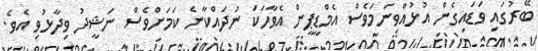
ބޭރުގައި ވަޑައިގެން އުޅުއްވިނަމަވެސް އެމްޑީޕީން އެވާހަކަ ނުދައްކާނެ ކަމަށްވެސް ނަޝީދު ވިދާޅުވި އެވެ.